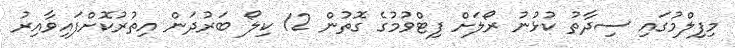
މިފިލްމުގައި ސިދާތު ކުޅުނު ރޯލަށް ފިޓްވުމުގެ ގޮތުން 12 ކިލޯ ބަރުދަން އިތުރުކޮށްފައިވާއިރު